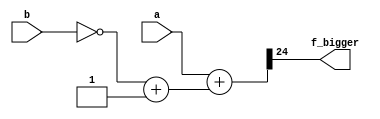
module comparator24bit (
    input signed  [23:0] a,
    input signed [23:0] b,
    output f_bigger
);

wire [24:0] temp;

wire [23:0] complement_b;

assign complement_b = ~b +1'b1;

assign temp  = a +complement_b;

assign f_bigger = temp[24];


endmodule